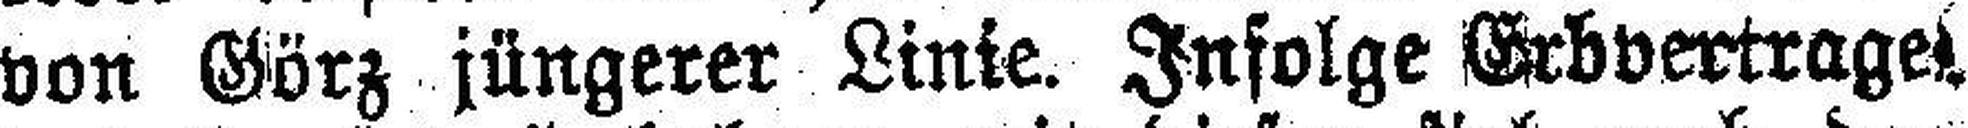
von Görz jüngerer Linie. Infolge Erbvertrage